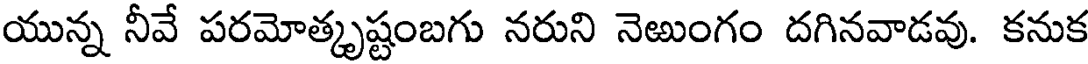
యున్న నీవే పరమోత్కృష్టంబగు నరుని నెఱుంగం దగినవాడవు. కనుక